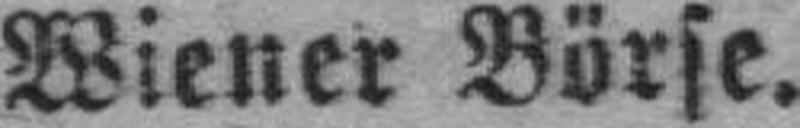
Wiener Börse.